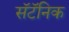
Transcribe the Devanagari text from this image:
सॅटॅनिक